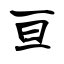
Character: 亘